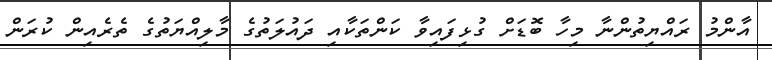
އާންމު ރައްޔިތުންނާ މިހާ ބޮޑަށް ގުޅިފައިވާ ކަންތަކާއި ދައުލަތުގެ މާލިއްޔަތުގެ ތެރެއިން ކުރަން